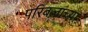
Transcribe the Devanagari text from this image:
परिबलाच्या